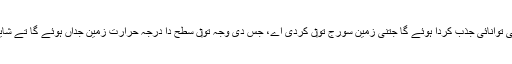
سیارہ اپنے ستارے تو‏ں اِنّی ہی توانائی جذب کردا ہوئے گا جتنی زمین سورج تو‏ں کردی اے، جس دی وجہ تو‏ں سطح دا درجہ حرارت زمین جداں ہوئے گا تے شاید اوتھ‏ے مائع پانی وی ہوئے۔